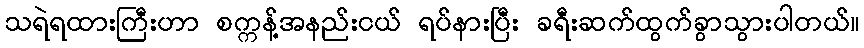
သရဲရထားကြီးဟာ စက္ကန့်အနည်းငယ် ရပ်နားပြီး ခရီးဆက်ထွက်ခွာသွားပါတယ်။